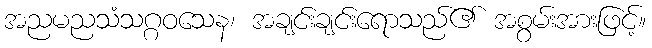
အညမညသံသဂ္ဂဝသေန၊ အချင်းချင်းရောသည်၏ အစွမ်းအားဖြင့်။